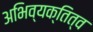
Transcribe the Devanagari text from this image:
अभिव्यक्तित्व